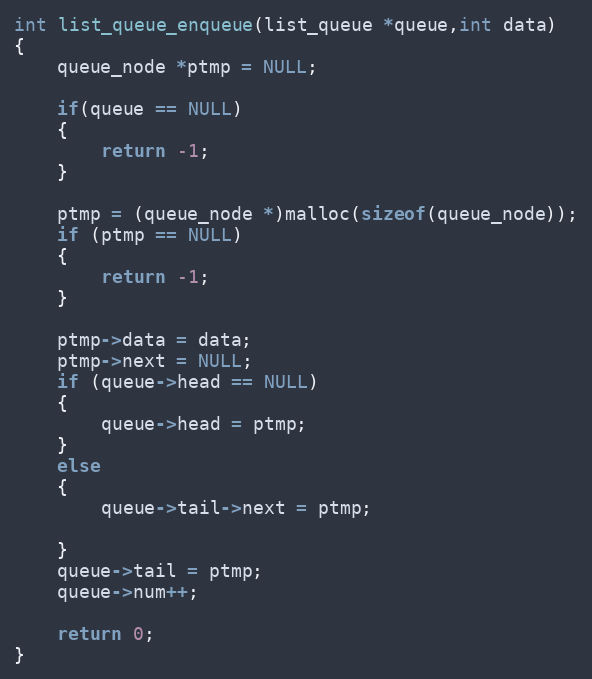
Language: C
int list_queue_enqueue(list_queue *queue,int data)
{
	queue_node *ptmp = NULL;

	if(queue == NULL)
	{
		return -1;
	}

	ptmp = (queue_node *)malloc(sizeof(queue_node));
	if (ptmp == NULL)
	{
		return -1;
	}

	ptmp->data = data;
	ptmp->next = NULL;
	if (queue->head == NULL)
	{
		queue->head = ptmp;
	}
	else
	{
	    queue->tail->next = ptmp;

	}
	queue->tail = ptmp;
	queue->num++;

	return 0;
}